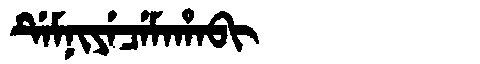
Manchu: ᡩᡝᠮᠨᡳᠶᡝᠴᡝᠮᠠᡥᠠᠪᡳ
Romanization: DEMNIYECEMAHABI